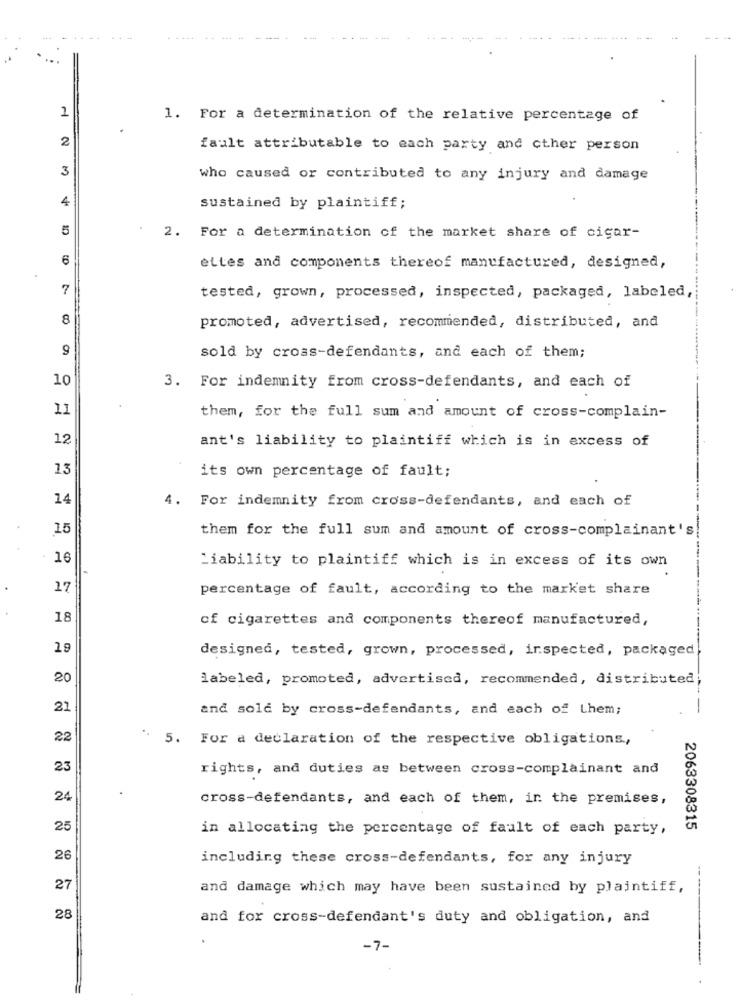
.....
...
1
1. For a determination of the relative percentage of
2
fault attributable to each party and other person
3
who caused or contributed to any injury and damage
4
sustained by plaintiff;
5
2. For a determination of the market share of cigar-
6
ettes and components thereof manufactured, designed,
7
tested, grown, processed, inspected, packaged, labeled
8
promoted, advertised, recommended, distributed, and
9
sold by cross-defendants, and each of them;
10
3. For indemnity from cross-defendants, and each of
11
them, for the full sum and amount of cross-complain-
12
ant's liability to plaintiff which is in excess of
13
its own percentage of fault;
14
4. For indemnity from cross-defendants, and each of
15
them for the full sum and amount of cross-complainant's
16
Liability to plaintiff which is in excess of its own
17
percentage of fault, according to the market share
18
of cigarettes and components thereof manufactured,
designed, tested, grown, processed, inspected, packaged
20
labeled, promoted, advertised, recommended, distributed;
21
and sold by cross-defendants, and each of Lhem;
22
5. For a declaration of the respective obligations .,
23
rights, and duties as between cross-complainant and
24
cross-defendants, and each of them, in the premises,
25
in allocating the percentage of fault of each party,
2063308315
26
including these cross-defendants, for any injury
27
and damage which may have been sustained by plaintiff,
28
and for cross-defendant's duty and obligation, and
-7-